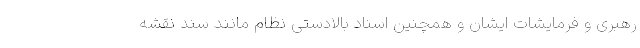
رهبری و فرمایشات ایشان و همچنین اسناد بالادستی نظام مانند سند نقشه